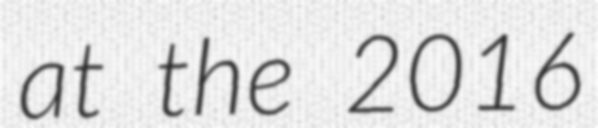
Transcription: at the 2016